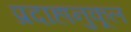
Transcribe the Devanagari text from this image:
प्रदाहानुकूल